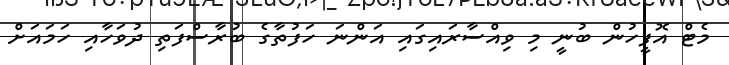
މެޓް އޮފީހުން ބުނީ މި ވިއްސާރައިގައި އަންނަ ހަފުތާގެ ބުރާސްފަތި ދުވަހާއި ހަމައަށް